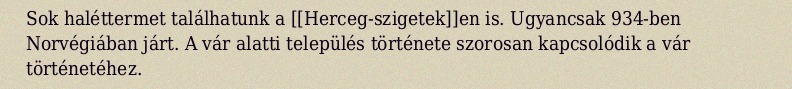
Sok haléttermet találhatunk a [[Herceg-szigetek]]en is. Ugyancsak 934-ben Norvégiában járt. A vár alatti település története szorosan kapcsolódik a vár történetéhez.